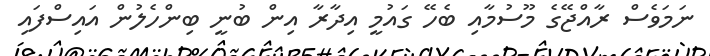
ނަމަވެސް ރާއްޖޭގެ މޫސުމާއި ބެހޭ ގައުމީ އިދާރާ އިން ބުނީ ބިންހެލުން އައިސްފައި